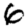
Digit: 6